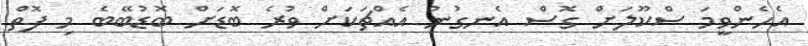
އެހެންވީމަ ސްކޫލަށް ގޮސް އެނގުނު އެއްޗަކަށް ވުރެ ބޮޑަށް ބޮޑުބޭބެ މި ފޮތް